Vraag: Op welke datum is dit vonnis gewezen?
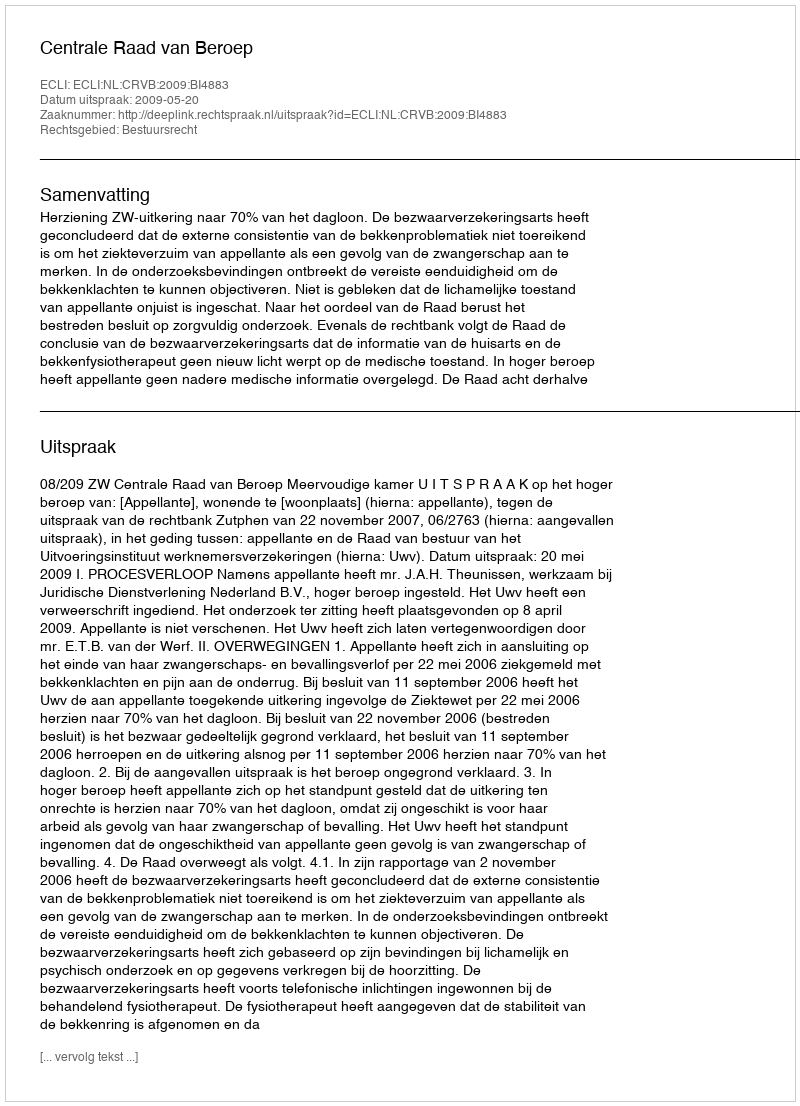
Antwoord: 2009-05-20